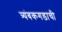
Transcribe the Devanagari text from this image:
त्र्यंबकगडाची